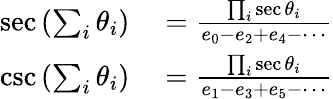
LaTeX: \begin{array}{rl}{\sec\left(\sum_{i}\theta_{i}\right)}&{{}={\frac{\prod_{i}\sec\theta_{i}}{e_{0}-e_{2}+e_{4}-\cdots}}}\\ {\csc\left(\sum_{i}\theta_{i}\right)}&{{}={\frac{\prod_{i}\sec\theta_{i}}{e_{1}-e_{3}+e_{5}-\cdots}}}\end{array}